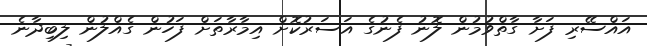
އައްސޭރި ފަށާ ގާތްވުމުން ލޮނު ފެނުގެ އަސަރުކޮށް އިމާރާތަށް ފަހުން ގެއްލުން ލިބިދާނެ